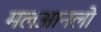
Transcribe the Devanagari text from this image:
मलआनलो